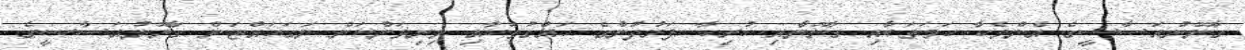
ގާނޫނުއަސާސީގެ އެންމެހާ ހަމަތަކާއި ގާނޫނާއި ހުރިހާ ފަރުދުންގެ ހައްގުތަކާއި މިނިވަންކަން ނަގަހައްޓަން ގާނޫނުއަަސާސީގެ